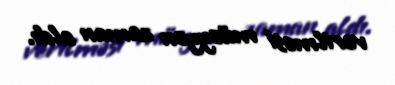
verilməsi müəyyən zaman aldı.